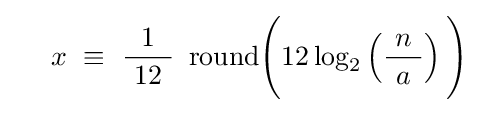
\quad \ x\ \equiv \ {\frac {1}{\ 12\ }}\ \operatorname {round} \!{\Biggl (}12\log _{2}\left({\frac {\ n\ }{a}}\right){\Biggr )}~